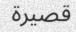
قصيرة